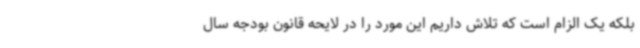
بلکه یک الزام است که تلاش داریم این مورد را در لایحه قانون بودجه سال